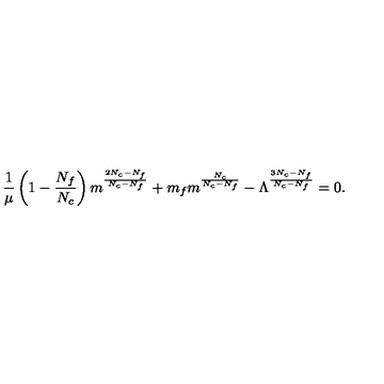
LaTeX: \frac { 1 } { \mu } \left( 1 - \frac { N _ { f } } { N _ { c } } \right) m ^ { \frac { 2 N _ { c } - N _ { f } } { N _ { c } - N _ { f } } } + m _ { f } m ^ { \frac { N _ { c } } { N _ { c } - N _ { f } } } - \Lambda ^ { \frac { 3 N _ { c } - N _ { f } } { N _ { c } - N _ { f } } } = 0 .